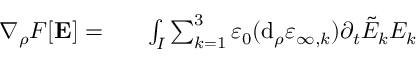
\begin{array} { r l } { \nabla _ { \rho } F [ \mathbf { E } ] = } & { { } \phantom { + } \int _ { I } \sum _ { k = 1 } ^ { 3 } \varepsilon _ { 0 } ( \mathrm { d } _ { \rho } \varepsilon _ { \infty , k } ) \partial _ { t } \tilde { E } _ { k } E _ { k } } \end{array}